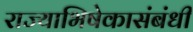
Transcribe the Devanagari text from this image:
राज्याभिषेकासंबंधी